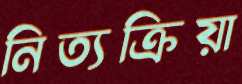
নিত্যক্রিয়া